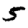
Digit: 5